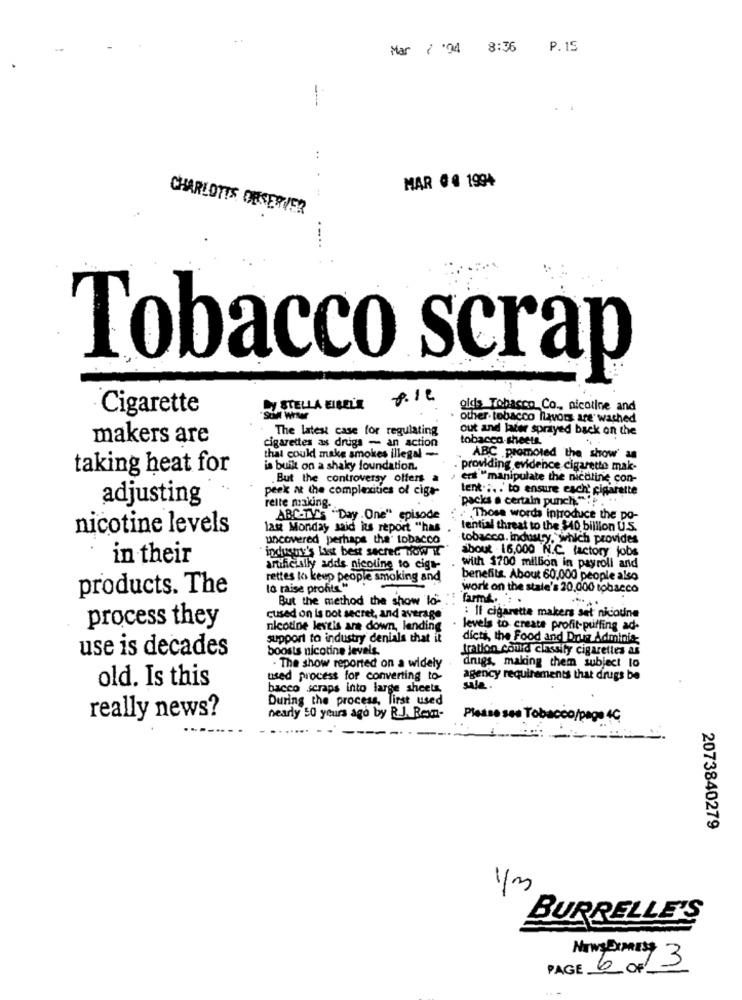
Mar 7 '94 8:36
P.15
..
.
MAR 04 1994
CHARLOTTE OBSERVER
Tobacco scrap
Cigarette
STELLA EIBEL'E
olds Tobacco Co ., nicotine and
other. tobacco flavors are wached
The latest case for regulating
out and later sprayed back on the
makers are
cigarettes as drugs - an action
tobacco-sheets.
that could make smokes illegal -
ABC promoted the show' as
taking heat for
is built on a shaky foundation.
. providing evidence cigarette mak-
.But the controversy offers a
enit "manipulate the nicoline con-
peek at the complexities of cige-
tent :. . to ensure each' cigarette
adjusting
packs a certain punch!"" .
reite making.
ABC-TV'S "Day One" episode
. Those words introduce the po-
nicotine levels
last Monday said its report "has
tential threat to the $40 billion U.S.
uncovered perhaps the tobacco
tobacco. industry, which provides
" industry's List best secret Tow &
about 16,000 N.C. factory jobs
in their
artificiAlly adds nicoline to cige-
with $700 million in payroll and
rettes lo keep people smoking and
benefits. About 60,000 people also
products. The
to raise profits"
work on the state's 20.000 tobacco
But the method the show la-
": farm. . .
cused on is not secret, and average
: Il cigarette makers set nicoune
process they
nicotine leveis are down, lending
levels to create profit-puffing ad-
support to industry denials that it
dicti, the Food and Drug Adminis;
use is decades
boosts nicotine levels.
tration cond classify cigarettes as
- The show reported on a widely
drugs, making them subject to
old. Is this
used process for converting to
agency requirements that drugs be
bacco scraps into large sheets,
sale .
During the process, Tirst used
really news?
nearly 50 years ago by R.J. Rexn-
Please see Tobacco/page 4C
2073840279
BURRELLE'S
PAGE 6 OF-
Now Exper 3